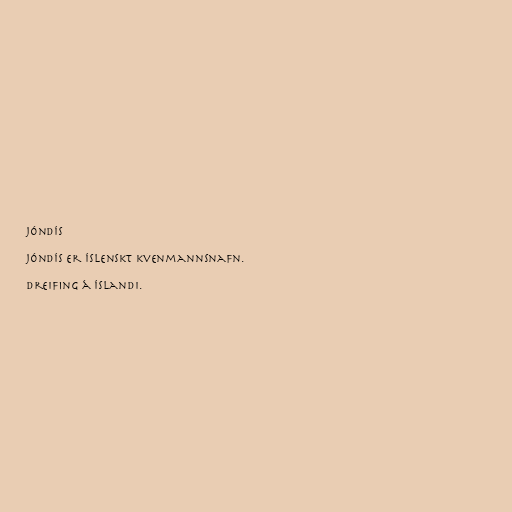
Jóndís

Jóndís er íslenskt kvenmannsnafn.

Dreifing á Íslandi.